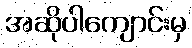
အဆိုပါကျောင်းမှ